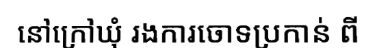
នៅក្រៅឃុំ រងការចោទប្រកាន់ ពី